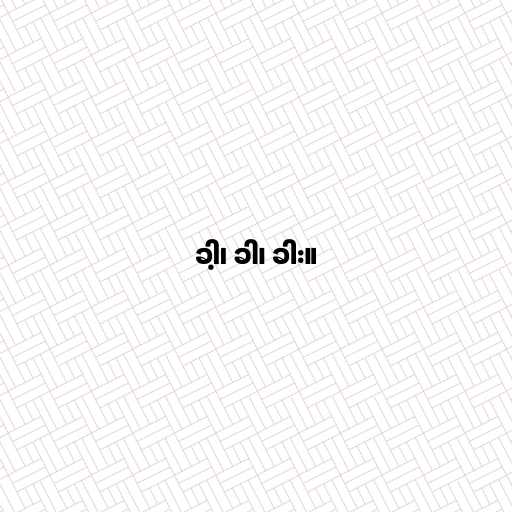
ခါ့၊ ခါ၊ ခါး။